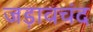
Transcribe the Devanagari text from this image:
जड़ावचंद